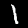
Digit: 1